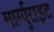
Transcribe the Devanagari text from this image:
मार्ग्युराइट